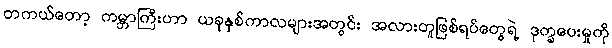
တကယ်တော့ ကမ္ဘာကြီးဟာ ယခုနှစ်ကာလများအတွင်း အလားတူဖြစ်ရပ်တွေရဲ့ ဒုက္ခပေးမှုကို